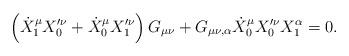
LaTeX: \begin{align*}\left(\dot{X}_{1}^{\mu} X_{0}'^{\nu} + \dot{X}_{0}^{\mu} X_{1}'^{\nu}\right) G_{\mu \nu} + G_{\mu \nu, \alpha} \dot{X}_{0}^{\mu} X_{0}'^{\nu}X_{1}^{\alpha}=0.\end{align*}